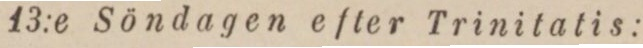
13:e Söndagen efter Trinitatis: